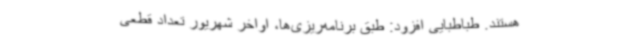
هستند. طباطبایی افزود: طبق برنامه‌ریزی‌ها، اواخر شهریور تعداد قطعی